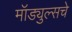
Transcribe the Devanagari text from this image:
मॉड्युल्सचे